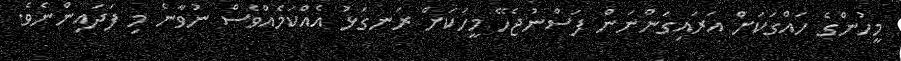
މީހުންގެ ހައްގަކަށް އަރައިގަންނަން ފަސްނުޖެހޭ މީހަކަށް ރަނގަޅު އެއްކަމެއްވެސް ނުވާނެ މި ފަދައިންނެވެ.